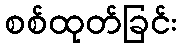
စစ်ထုတ်ခြင်း